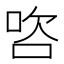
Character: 𭇺